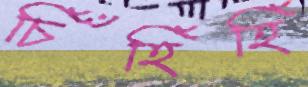
চিঁঁহিঁহিঁ